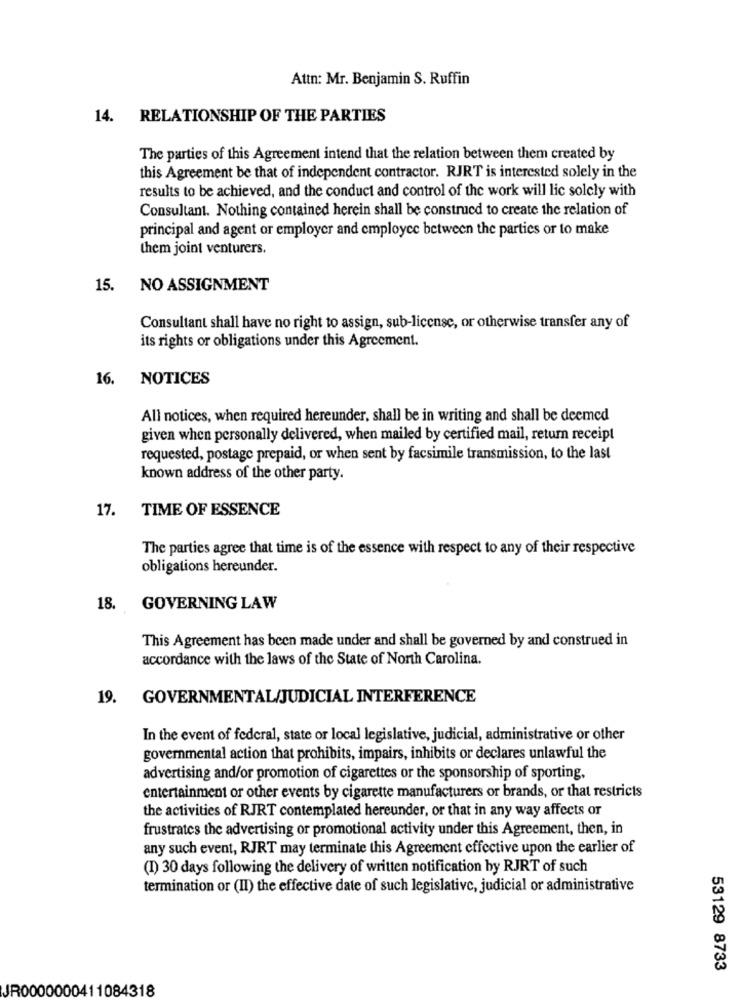
Attn: Mr. Benjamin S. Ruffin
14. RELATIONSHIP OF THE PARTIES
The parties of this Agreement intend that the relation between them created by
this Agreement be that of independent contractor. RJRT is interested solely in the
results to be achieved, and the conduct and control of the work will lic solely with
Consultant. Nothing contained herein shall be construed to create the relation of
principal and agent or employer and employee between the parties or to make
them joint venturers.
15. NO ASSIGNMENT
Consultant shall have no right to assign, sub-license, or otherwise transfer any of
its rights or obligations under this Agreement.
16. NOTICES
All notices, when required hereunder, shall be in writing and shall be deemed
given when personally delivered, when mailed by certified mail, return receipt
requested, postage prepaid, or when sent by facsimile transmission, to the last
known address of the other party.
17. TIME OF ESSENCE
The parties agree that time is of the essence with respect to any of their respective
obligations hereunder.
18.
GOVERNING LAW
This Agreement has been made under and shall be governed by and construed in
accordance with the laws of the State of North Carolina.
19. GOVERNMENTAL/JUDICIAL INTERFERENCE
In the event of federal, state or local legislative, judicial, administrative or other
governmental action that prohibits, impairs, inhibits or declares unlawful the
advertising and/or promotion of cigarettes or the sponsorship of sporting,
entertainment or other events by cigarette manufacturers or brands, or that restricts
the activities of RJRT contemplated hereunder, or that in any way affects or
frustrates the advertising or promotional activity under this Agreement, then, in
any such event, RJRT may terminate this Agreement effective upon the earlier of
(1) 30 days following the delivery of written notification by RJRT of such
termination or (II) the effective date of such legislative, judicial or administrative
53129 8733
JR0000000411084318